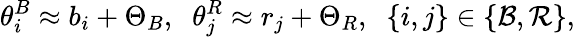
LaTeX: \theta_{i}^{B}\approx b_{i}+\Theta_{B},\; \; \theta_{j}^{R}\approx r_{j}+\Theta_{R},\; \; \{ i,j\} \in\{ \mathcal{B},\mathcal{R}\} ,